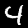
Digit: 4